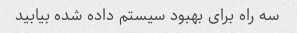
سه راه برای بهبود سیستم داده شده بیابید